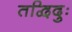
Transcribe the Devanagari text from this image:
तद्विदुः